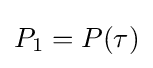
{\textstyle P_{1}=P(\tau )}